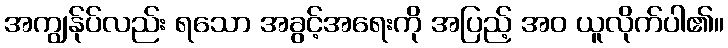
အကျွန်ုပ်လည်း ရသော အခွင့်အရေးကို အပြည့် အဝ ယူလိုက်ပါ၏။